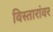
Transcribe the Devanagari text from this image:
विस्तारांवर